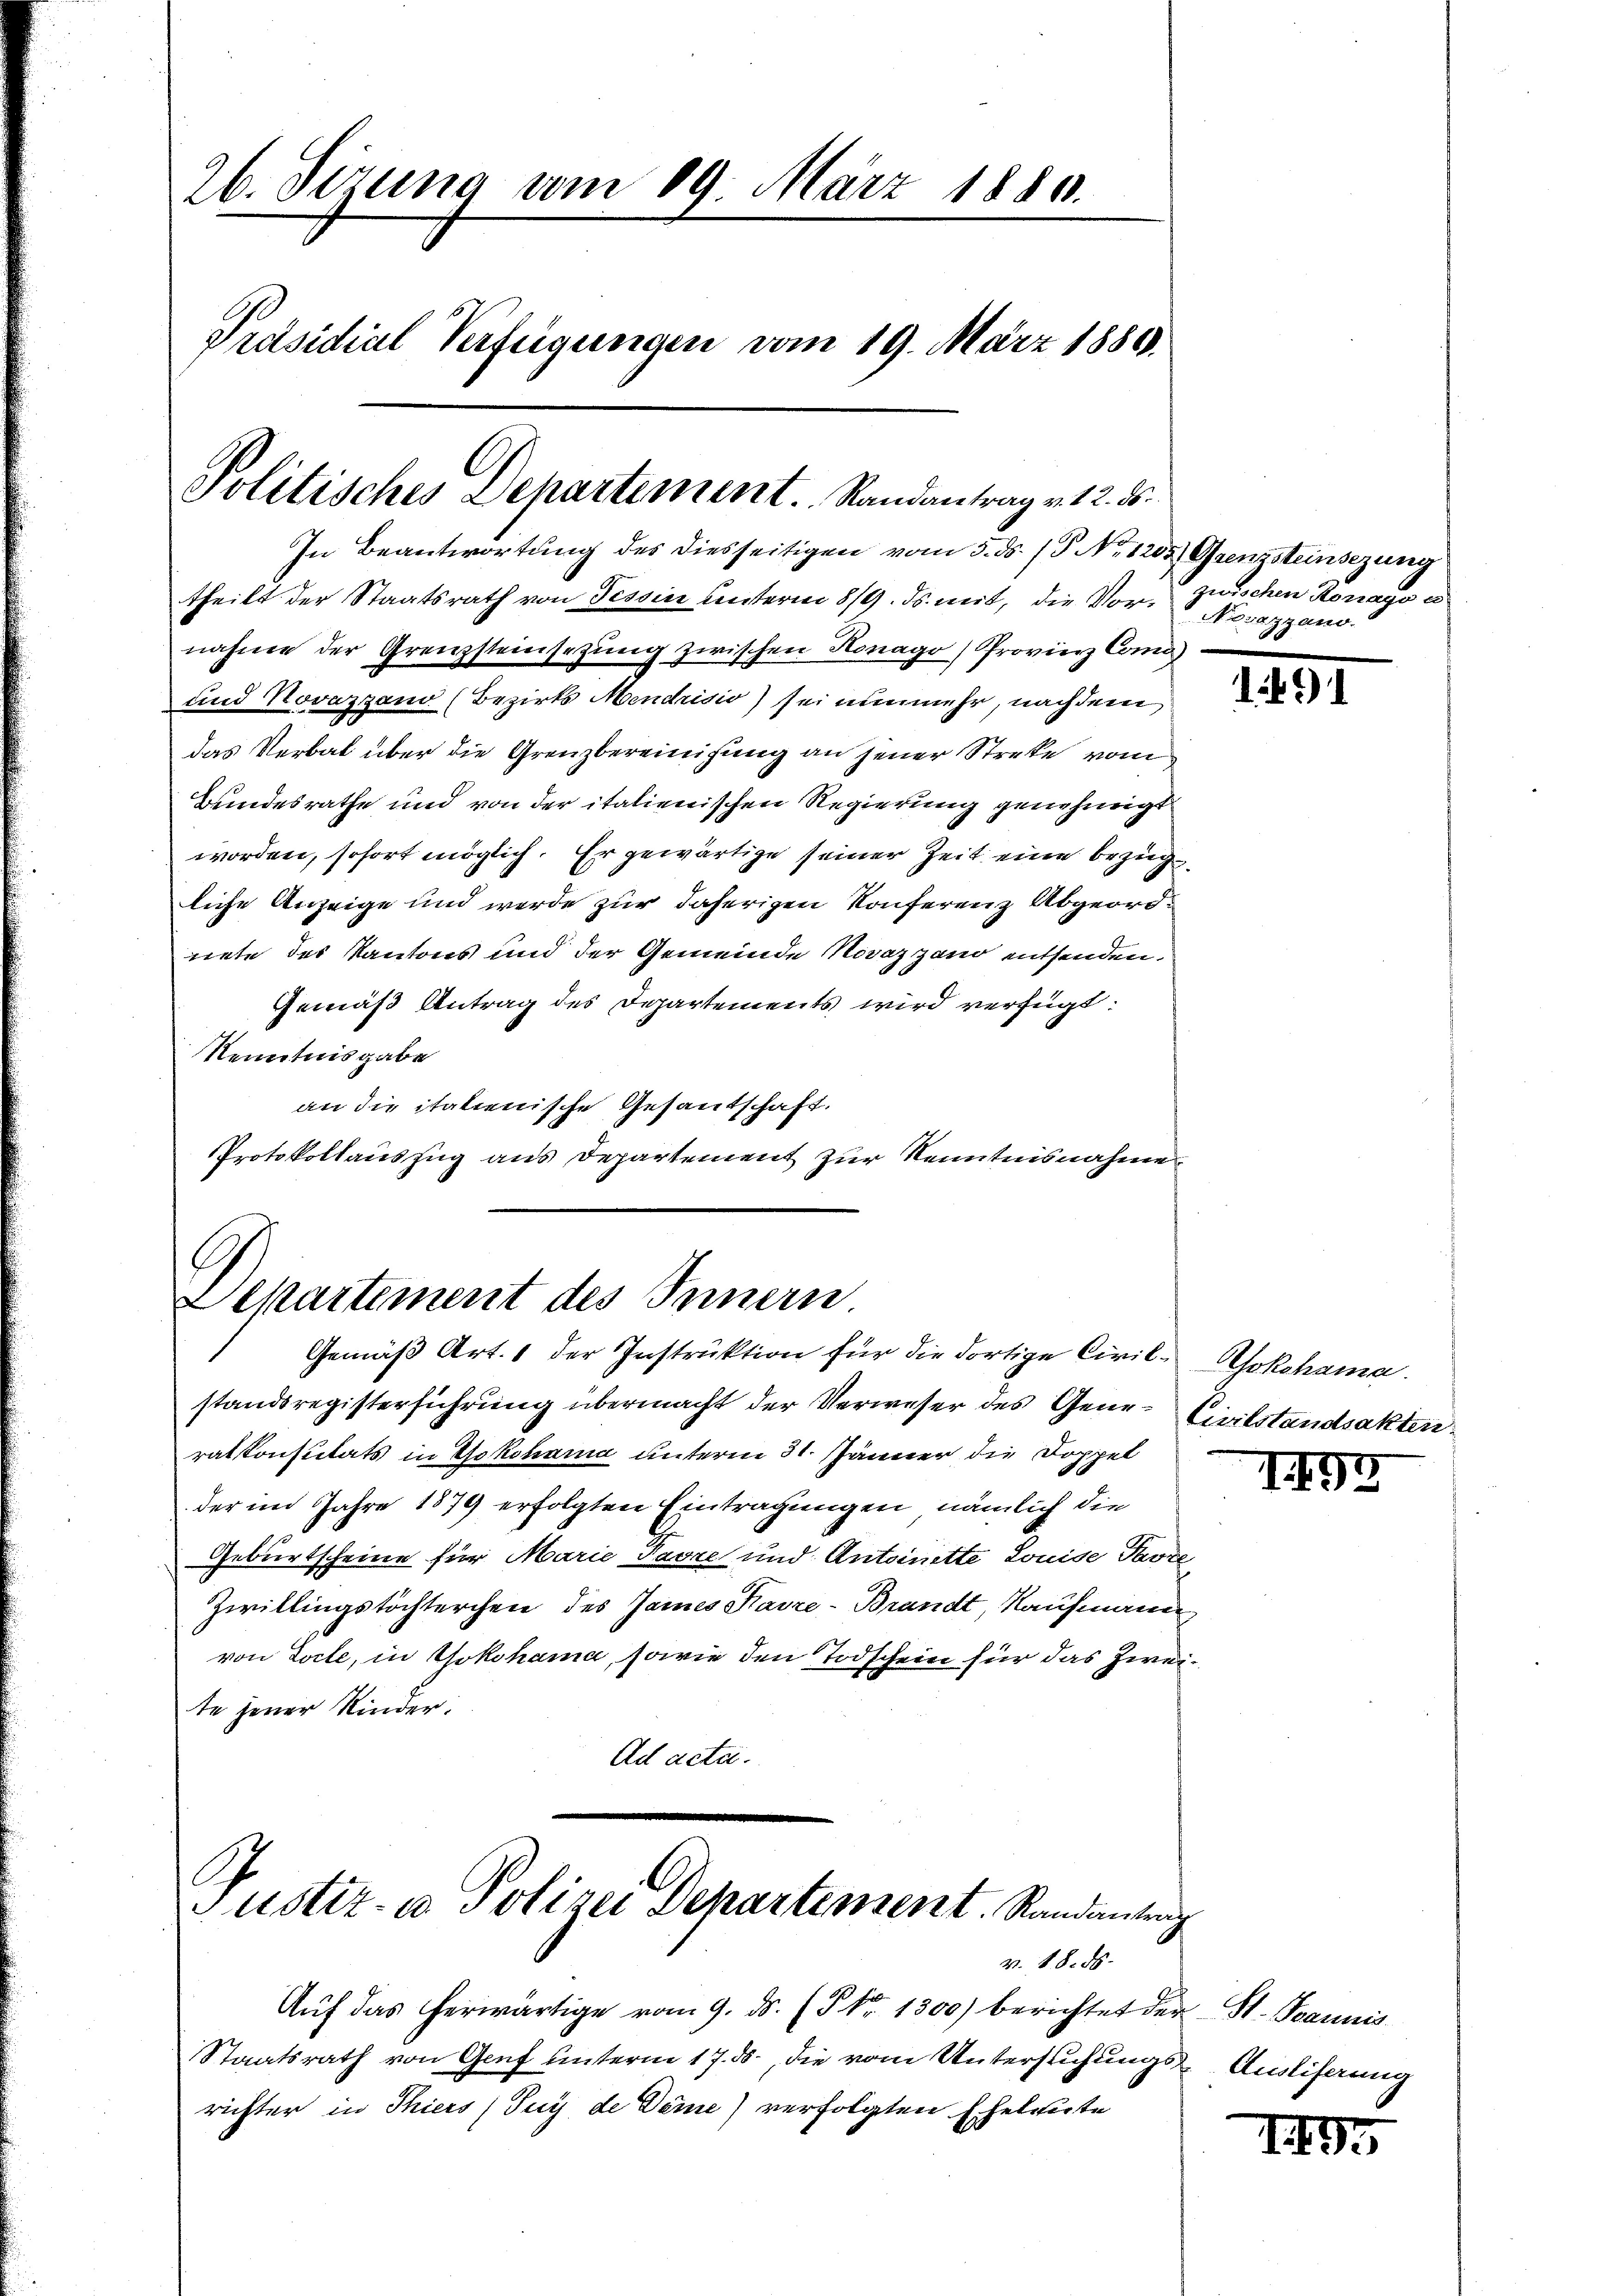
26. Sizung vom 19. März 1880.
Präsidial Verfügungen vom 19. März 1880.

Politisches Departement. Randantrag v. 12. ds.
In Beantwortung des diesseitigen vom 5. ds. / 5. No. 1205. Grenzsteinsezung

theilt der Staatsrath von Tessin unterm 8/9. ds. mit, die Vor- Novazzano-
nahme der Grenzsteinsezung zwischen Honago) Provierz Coma
und Novazzano (Bezirks Mendrisio) sei nunmehr, nachdem
das Verbal über die Grenzbereinigung an jener Streke vom
Bundesrathe und von der italienischen Regierung genehmigt
worden, sofort möglich. Er gewärtige seiner Zeit eine Bezug
liche Anzeige und werde zur daherigen Konferenz Abgeordnete des Kantons und der Gemeinde Novazgand entsenden.
Gemäß Antrag des Departements wird verfügt:
Kenntnisgabe
an die italienische Gesandschaft.
Protokollauszug aus Departement zur Kenntnisnahme

Departement des Innern
Gemäβ Art. 1 der Instruktion für die dortige Civil-Yokohama.

G
Justiz- u Polizei Departement. Randantrag
v. 18. ds.

Aŭf das herwärtige vom 9. ds. (§. 1300) berichtet der St. Joannis
Staatsrath von Genf unterm 17. ds., die vom Untersuchungs-Anstiferung
richter in Thiers (Puy de Deme) verfolgten Eheleute

zwischen Rorayo es

standsregisterführung übermacht der Verweser des Gene-Civilstandsaktenratskonsulats in Yokohama unterm 31. Jänner die Doppel
der im Jahre 1879 erfolgten Eintragungen, nämlich die
Geburtscheine für Marie Pavre und Antoinette Louise Parze
Zwillingstöchterchen des James Kasre-Brandt, Kaufmann
von Locte, in Yokohama, sowie den Todschein für das Zweite jener Kinder:
Ad acta.

1491

197

1495